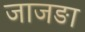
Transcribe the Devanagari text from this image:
जाजङा